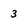
Character: 3